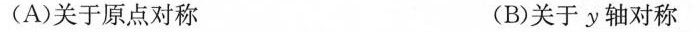
(A)关于原点对称 (B)关于y轴对称